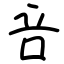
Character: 咅